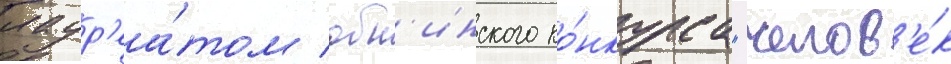
лаур'еа́том обн'инского ко́нкурса "челов'е́к